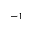
^ { - 1 }